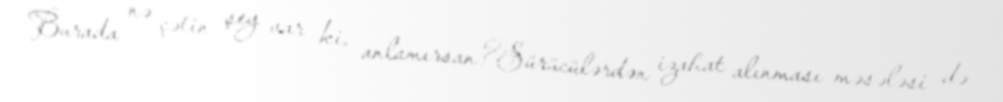
Burada nə çətin şey var ki, anlamırsan?Sürücülərdən izahat alınması məsələsi də